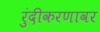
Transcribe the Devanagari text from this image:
रुंदीकरणावर